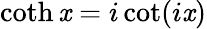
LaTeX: \coth\mathit{x}=i\cot(i\mathit{x})